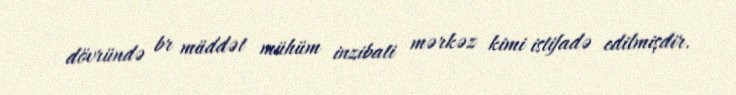
dövründə br müddət mühüm inzibati mərkəz kimi istifadə edilmişdir.